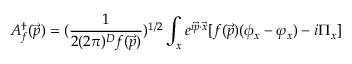
A _ { f } ^ { \dagger } ( \vec { p } ) = ( { \frac { 1 } { 2 ( 2 \pi ) ^ { D } f ( \vec { p } ) } } ) ^ { 1 / 2 } \int _ { x } e ^ { i \vec { p } \cdot \vec { x } } [ f ( \vec { p } ) ( \phi _ { x } - \varphi _ { x } ) - i \Pi _ { x } ]